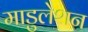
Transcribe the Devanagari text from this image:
माडुलेशन